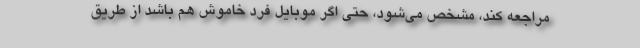
مراجعه کند، مشخص می‌شود، حتی اگر موبایل فرد خاموش هم باشد از طریق